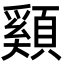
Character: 䫣